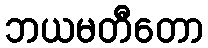
ဘယမတီတော